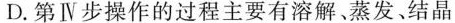
D. 第Ⅳ步操作的过程主要由溶解、政法、结晶